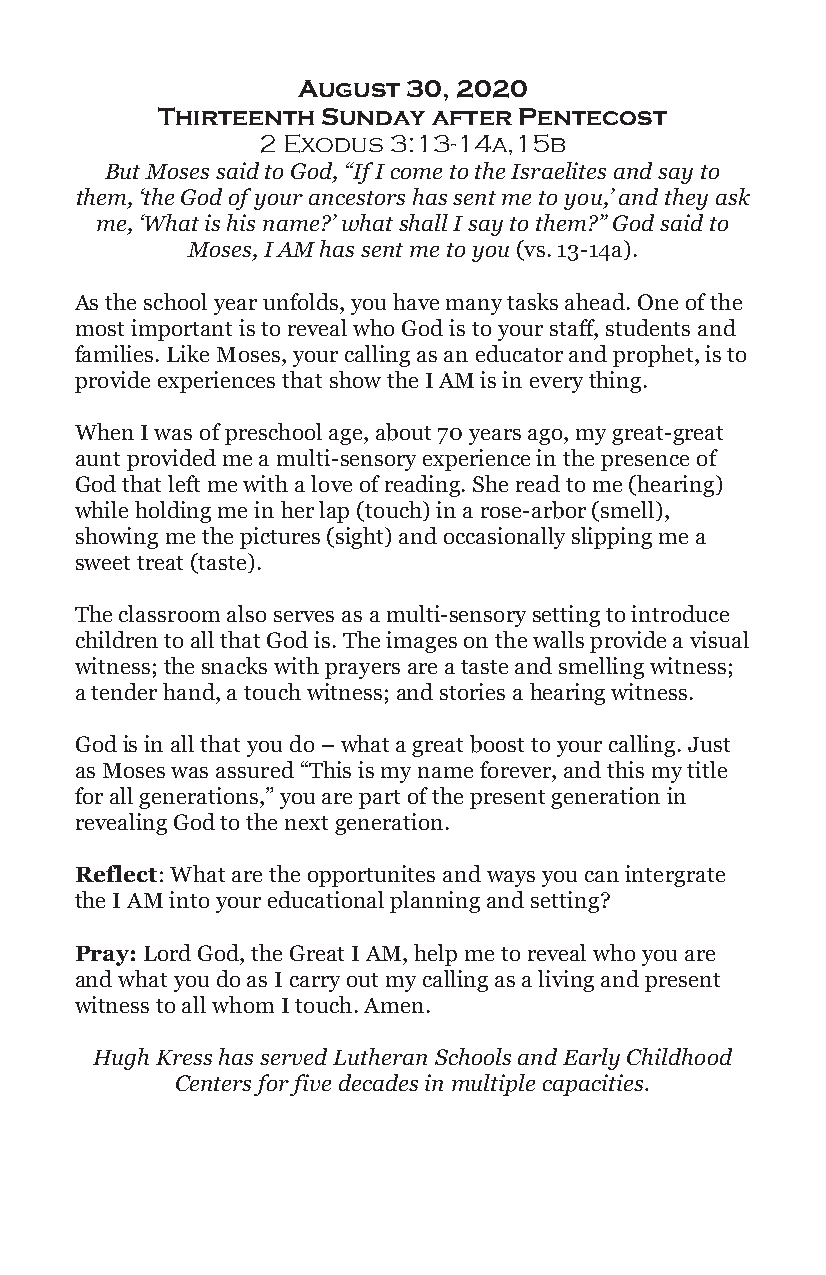
August 30, 2020
 Thirteenth Sunday  after Pentecost
 2 Exodus 3:13-14a,15b
 But Moses said to God, “If I come to the Israelites and say to
 them, ‘the God of your ancestors has sent me to you,’ and they ask
 me, ‘What is his name?’ what shall I say to them?” God said to
 Moses, I AM has sent me to you (vs. 13-14a).
 As the school year unfolds, you have many tasks ahead. One of the
 most important is to reveal who God is to your staff, students and
 families. Like Moses, your calling as an educator and prophet, is to
 provide experiences that show the I AM is in every thing.
 When I was of preschool age, about 70 years ago, my great-great
 aunt provided me a multi-sensory experience in the presence of
 God that left me with a love of reading. She read to me (hearing)
 while holding me in her lap (touch) in a rose-arbor (smell),
 showing me the pictures (sight) and occasionally slipping me a
 sweet treat (taste).
 The classroom also serves as a multi-sensory setting to introduce
 children to all that God is. The images on the walls provide a visual
 witness; the snacks with prayers are a taste and smelling witness;
 a tender hand, a touch witness; and stories a hearing witness.
 God is in all that you do – what a great boost to your calling. Just
 as Moses was assured “This is my name forever, and this my title
 for all generations,” you are part of the present generation in
 revealing God to the next generation.
 Reflect: What are the opportunites and ways you can intergrate
 the I AM into your educational planning and setting?
 Pray: Lord God, the Great I AM, help me to reveal who you are
 and what you do as I carry out my calling as a living and present
 witness to all whom I touch. Amen.
 Hugh Kress has served Lutheran Schools and Early Childhood
 Centers for five decades in multiple capacities.